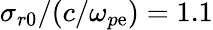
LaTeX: \sigma_{r0}/(c/\omega_{p\mathrm{e}})=1.1